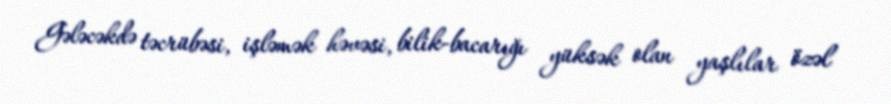
Gələcəkdə təcrübəsi, işləmək həvəsi, bilik-bacarığı yüksək olan yaşlılar özəl